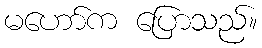
မဟော်က ပြောသည်။